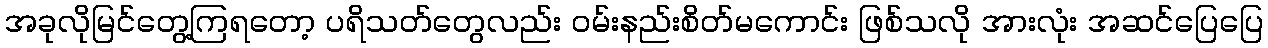
အခုလိုမြင်တွေ့ကြရတော့ ပရိသတ်တွေလည်း ဝမ်းနည်းစိတ်မကောင်း ဖြစ်သလို အားလုံး အဆင်ပြေပြေ